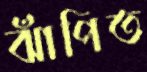
ঝাঁপিত